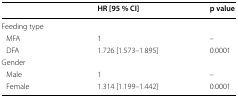
|  | HR [95 % CI] | p value |
 | --- | --- | --- |
 | <COLSPAN=3> Feeding type |
 | MFA | 1 | – |
 | DFA | 1.726 [1.573–1.895] | 0.0001 |
 | <COLSPAN=3> Gender |
 | Male | 1 | – |
 | Female | 1.314 [1.199–1.442] | 0.0001 |